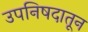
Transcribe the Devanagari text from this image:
उपनिषदातून